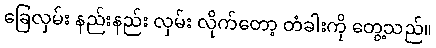
ခြေလှမ်း နည်းနည်း လှမ်း လိုက်တော့ တံခါးကို တွေ့သည်။